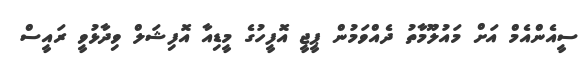
ސީއެންއެމް އަށް މައުލޫމާތު ދެއްވަމުން ޕީޖީ އޮފީހުގެ މީޑިއާ އޮފިޝަލް ވިދާޅުވީ ރައީސް